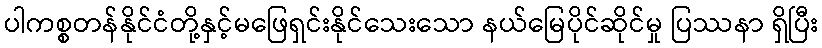
ပါကစ္စတန်နိုင်ငံတို့နှင့်မဖြေရှင်းနိုင်သေးသော နယ်မြေပိုင်ဆိုင်မှု ပြဿနာ ရှိပြီး